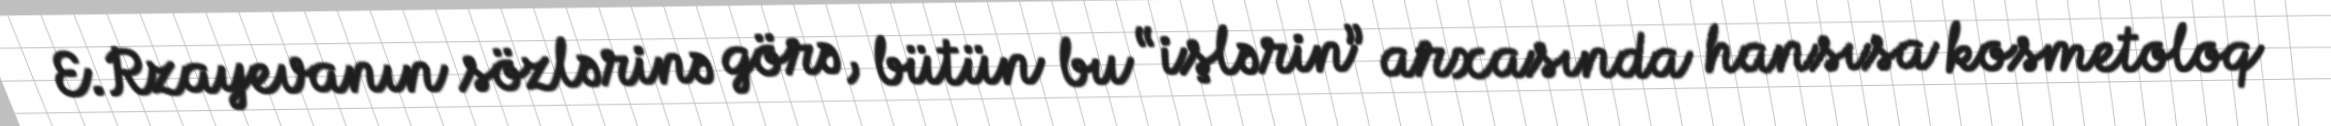
E.Rzayevanın sözlərinə görə, bütün bu “işlərin” arxasında hansısa kosmetoloq